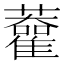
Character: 𧃦